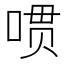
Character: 𱓔